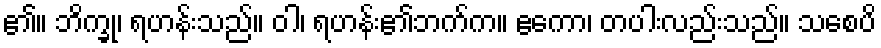
၏။ ဘိက္ခု၊ ရဟန်းသည်။ ဝါ၊ ရဟန်း၏ဘက်က။ ဧကော၊ တပါးလည်းသည်။ သစေပိ